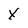
Character: X